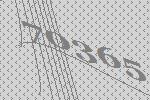
70365